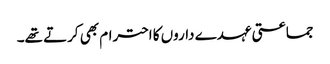
جماعتی عہدے داروں کا احترام بھی کرتے تھے۔